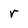
Character: r